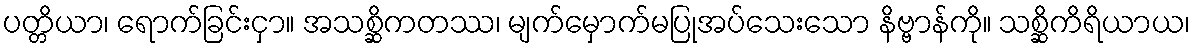
ပတ္တိယာ၊ ရောက်ခြင်းငှာ။ အသစ္ဆိကတဿ၊ မျက်မှောက်မပြုအပ်သေးသော နိဗ္ဗာန်ကို။ သစ္ဆိကိရိယာယ၊